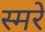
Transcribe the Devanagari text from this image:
स्मरे